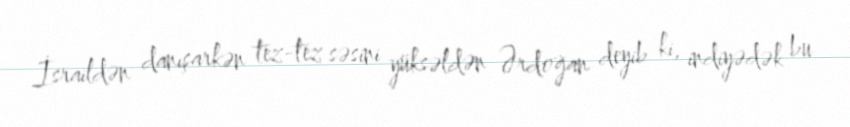
İsraildən danışarkən tez-tez səsini yüksəldən Ərdoğan deyib ki, indiyədək bu